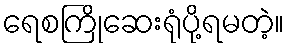
ရေစကြိုဆေးရုံပို့ရမတဲ့။